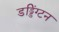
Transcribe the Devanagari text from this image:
डड्डिंग्टन